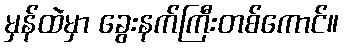
မှန်ထဲမှာ ခွေးနက်ကြီးတစ်ကောင်။